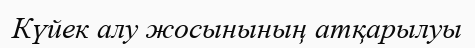
Күйек алу жосынының атқарылуы